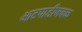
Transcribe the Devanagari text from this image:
आटपाडीजवळ